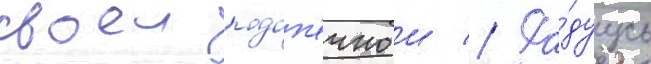
своеи подоп'ечнои // Ра́дуусь